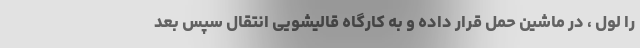
را لول ، در ماشین حمل قرار داده و به کارگاه قالیشویی انتقال سپس بعد